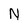
Character: N